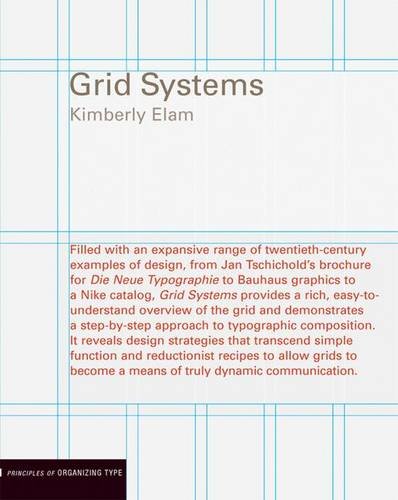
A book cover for Grid Systems: Principles of Organizing Type (Design Briefs); Kimberly Elam; Arts & Photography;